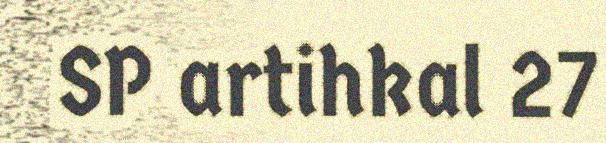
SP artihkal 27